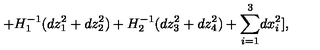
+ H _ { 1 } ^ { - 1 } ( d z _ { 1 } ^ { 2 } + d z _ { 2 } ^ { 2 } ) + H _ { 2 } ^ { - 1 } ( d z _ { 3 } ^ { 2 } + d z _ { 4 } ^ { 2 } ) + { \sum _ { i = 1 } ^ { 3 } } d x _ { i } ^ { 2 } ] ,